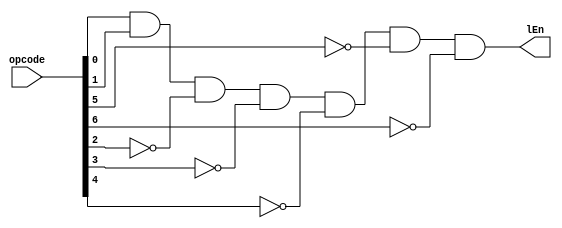
//Universidad Galileo
//Rodrigo Cordero
//Kevin Hernandez
//Terminado

module loadEnable(opcode, lEn);
  input [6:0] opcode;
  output lEn;
  wire n2, n3, n4, n5, n6;
  
	not(n2, opcode[2]);
	not(n3, opcode[3]);
	not(n4, opcode[4]);
	not(n5, opcode[5]);
	not(n6, opcode[6]);
  
  and(lEn, opcode[0], opcode[1], n2, n3, n4, n5, n6);
endmodule